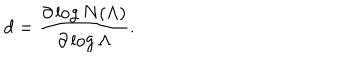
LaTeX: d = \frac { \partial \log N ( \Lambda ) } { \partial \log \Lambda } .